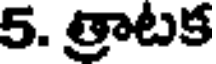
5. త్రాటక